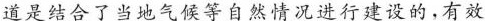
道是结合了当地气候等自然情况进行建设的，有效